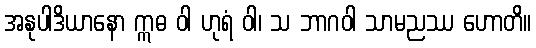
အနုပါဒိယာနော ဣဓ ဝါ ဟုရံ ဝါ၊ သ ဘာဂဝါ သာမညဿ ဟောတိ။